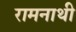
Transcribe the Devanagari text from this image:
रामनाथी